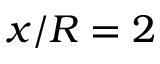
x / R = 2